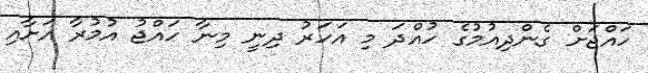
ހައްޖަށް ގެންދިއުމުގެ ހުއްދަ މި އަހަރު ދިނީ މިނާ ހައްޖު އުމުރާ އަށާއި